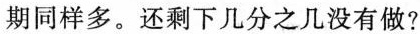
期同样多。还剩下几分之几没有做?